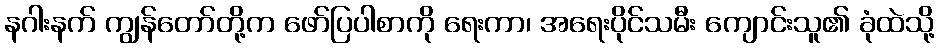
နဂါးနက် ကျွန်တော်တို့က ဖော်ပြပါစာကို ရေးကာ၊ အရေးပိုင်သမီး ကျောင်းသူ၏ ခုံထဲသို့